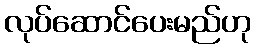
လုပ်ဆောင်ပေးမည်ဟု